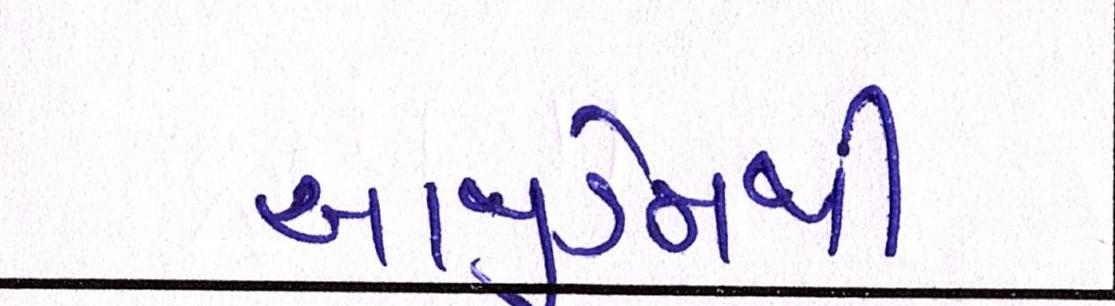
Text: આજીડેમથી